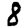
Digit: 8